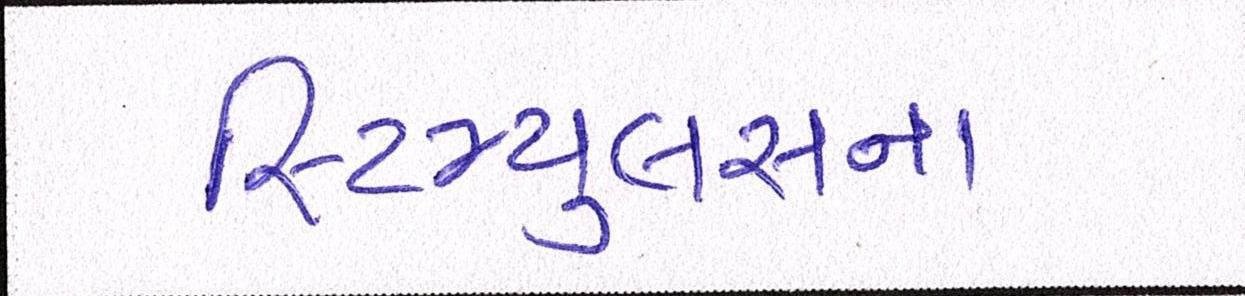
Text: સ્ટિમ્યુલસના